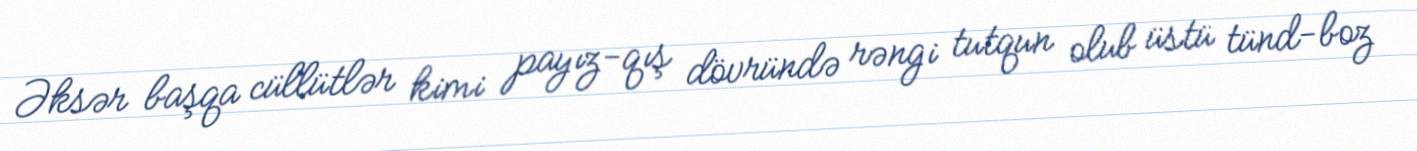
Əksər başqa cüllütlər kimi payız-qış dövründə rəngi tutqun olub üstü tünd-boz